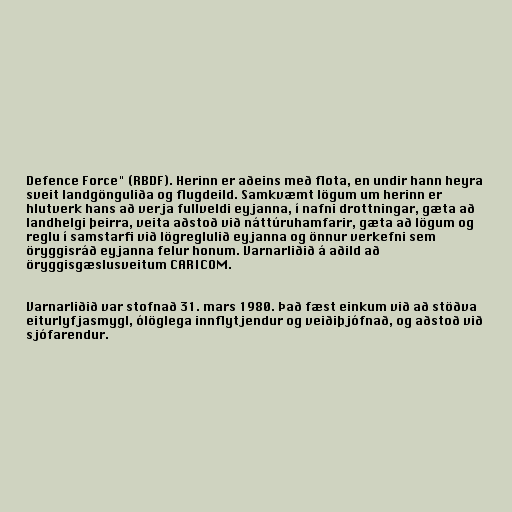
Defence Force" (RBDF). Herinn er aðeins með flota, en undir hann heyra
sveit landgönguliða og flugdeild. Samkvæmt lögum um herinn er
hlutverk hans að verja fullveldi eyjanna, í nafni drottningar, gæta að
landhelgi þeirra, veita aðstoð við náttúruhamfarir, gæta að lögum og
reglu í samstarfi við lögreglulið eyjanna og önnur verkefni sem
öryggisráð eyjanna felur honum. Varnarliðið á aðild að
öryggisgæslusveitum CARICOM.

Varnarliðið var stofnað 31. mars 1980. Það fæst einkum við að stöðva
eiturlyfjasmygl, ólöglega innflytjendur og veiðiþjófnað, og aðstoð við
sjófarendur.